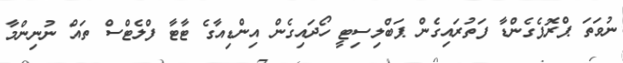
ނުވަތަ ޕްރޮޕެގެންޑާ ފަތުރައިގެން ޕަބްލިސިޓީ ހޯދައިގެން އިންޑިއާގެ ޓާޓާ ފްލެޓްސް ތައް ނުނިންމާ